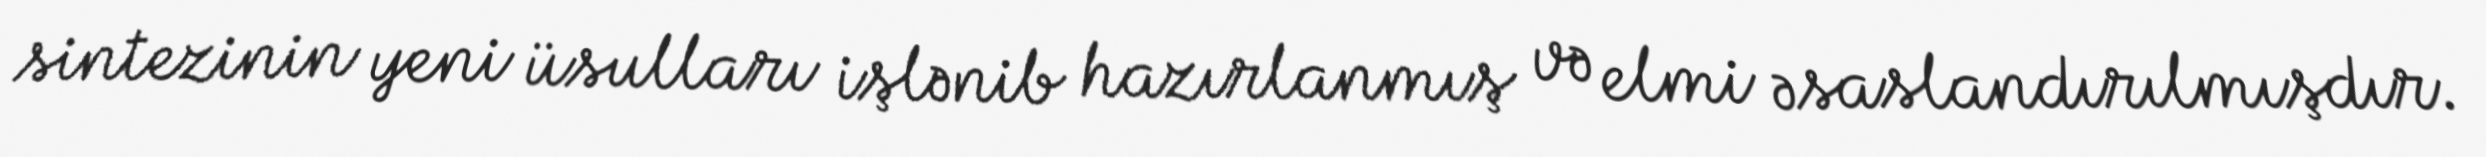
sintezinin yeni üsulları işlənib hazırlanmış və elmi əsaslandırılmışdır.